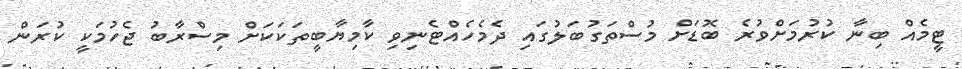
ޓީމެއް ބިނާ ކުރުމަށްވުރެ ބޮޑަށް މުސްތަގުބަލުގައި ދެމެހެއްޓެނިވި ކާމިޔާބީތަކަކަށް މިސްރާބު ޖެހުމަކީ ކުރަން